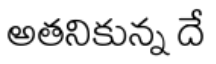
అతనికున్న దే